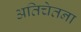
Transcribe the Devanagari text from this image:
अतिचेतना